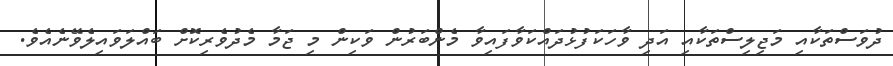
ދުވަސްތަކާއި މަޖިލިސްތަކާއި އަދި ވާހަކަފުޅުދައްކަވާފައިވާ މެންބަރުން ވަކިން މި ޖަމާ މެދުވެރިކޮށް ބައްލަވައިލެވޭނެއެވެ.